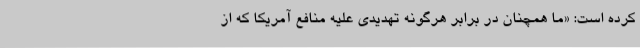
کرده است: «ما همچنان در برابر هرگونه تهدیدی علیه منافع آمریکا که از